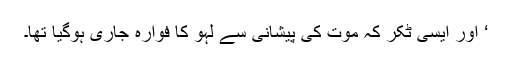
‘ اور ایسی ٹکر کہ موت کی پیشانی سے لہو کا فوارہ جاری ہوگیا تھا۔